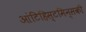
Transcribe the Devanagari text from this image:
आंटिहिस्टमिन्सकी